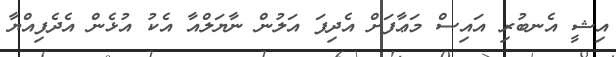
އިޝީ އެނބުރި އައިސް މަޢާފަށް އެދިފަ އަލުން ނާޔަލްއާ އެކު އުޅެން އެދެފިއްޔާ